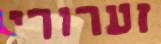
זערורי